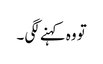
تو وہ کہنے لگی ۔